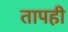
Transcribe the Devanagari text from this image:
तापही